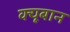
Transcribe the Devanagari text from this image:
क्यूबान